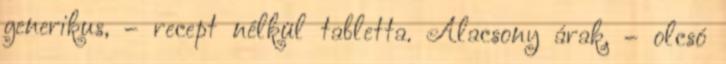
generikus, – recept nélkül tabletta. Alacsony árak, – olcsó